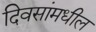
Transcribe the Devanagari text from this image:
दिवसांमधील